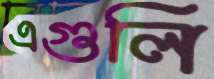
এগুলি